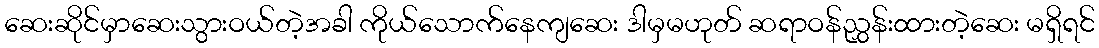
ဆေးဆိုင်မှာဆေးသွားဝယ်တဲ့အခါ ကိုယ်သောက်နေကျဆေး ဒါမှမဟုတ် ဆရာဝန်ညွှန်းထားတဲ့ဆေး မရှိရင်